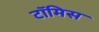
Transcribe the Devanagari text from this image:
टॉमिस